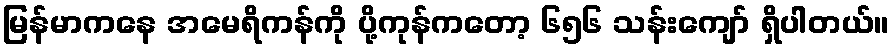
မြန်မာကနေ အမေရိကန်ကို ပို့ကုန်ကတော့ ၆၅၆ သန်းကျော် ရှိပါတယ်။